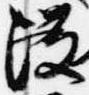
没